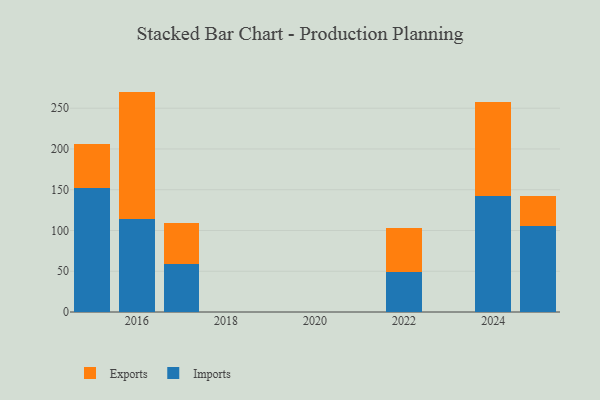
{"axis": {"x": "Year", "y": "LTV (USD)"}, "legend": ["Exports", "Imports"], "data": [{"x": "2016", "y": 114.3, "type": "Imports"}, {"x": "2016", "y": 156.1, "type": "Exports"}, {"x": "2015", "y": 152.5, "type": "Imports"}, {"x": "2015", "y": 54.0, "type": "Exports"}, {"x": "2022", "y": 49.6, "type": "Imports"}, {"x": "2022", "y": 53.7, "type": "Exports"}, {"x": "2025", "y": 105.8, "type": "Imports"}, {"x": "2025", "y": 37.0, "type": "Exports"}, {"x": "2017", "y": 59.2, "type": "Imports"}, {"x": "2017", "y": 49.5, "type": "Exports"}, {"x": "2024", "y": 142.0, "type": "Imports"}, {"x": "2024", "y": 115.5, "type": "Exports"}]}